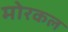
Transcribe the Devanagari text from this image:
मोरकल